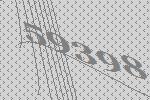
59398